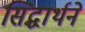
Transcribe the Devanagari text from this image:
सिद्धार्थने